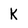
Character: K